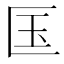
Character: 匤